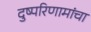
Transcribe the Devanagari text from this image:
दुष्परिणामांचा